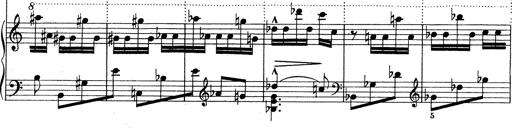
Title: Mephisto Waltz No.1
Composer: Franz Liszt